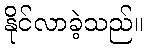
နိုင်လာခဲ့သည်။